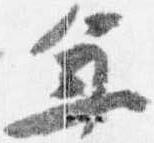
年